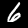
Digit: 6